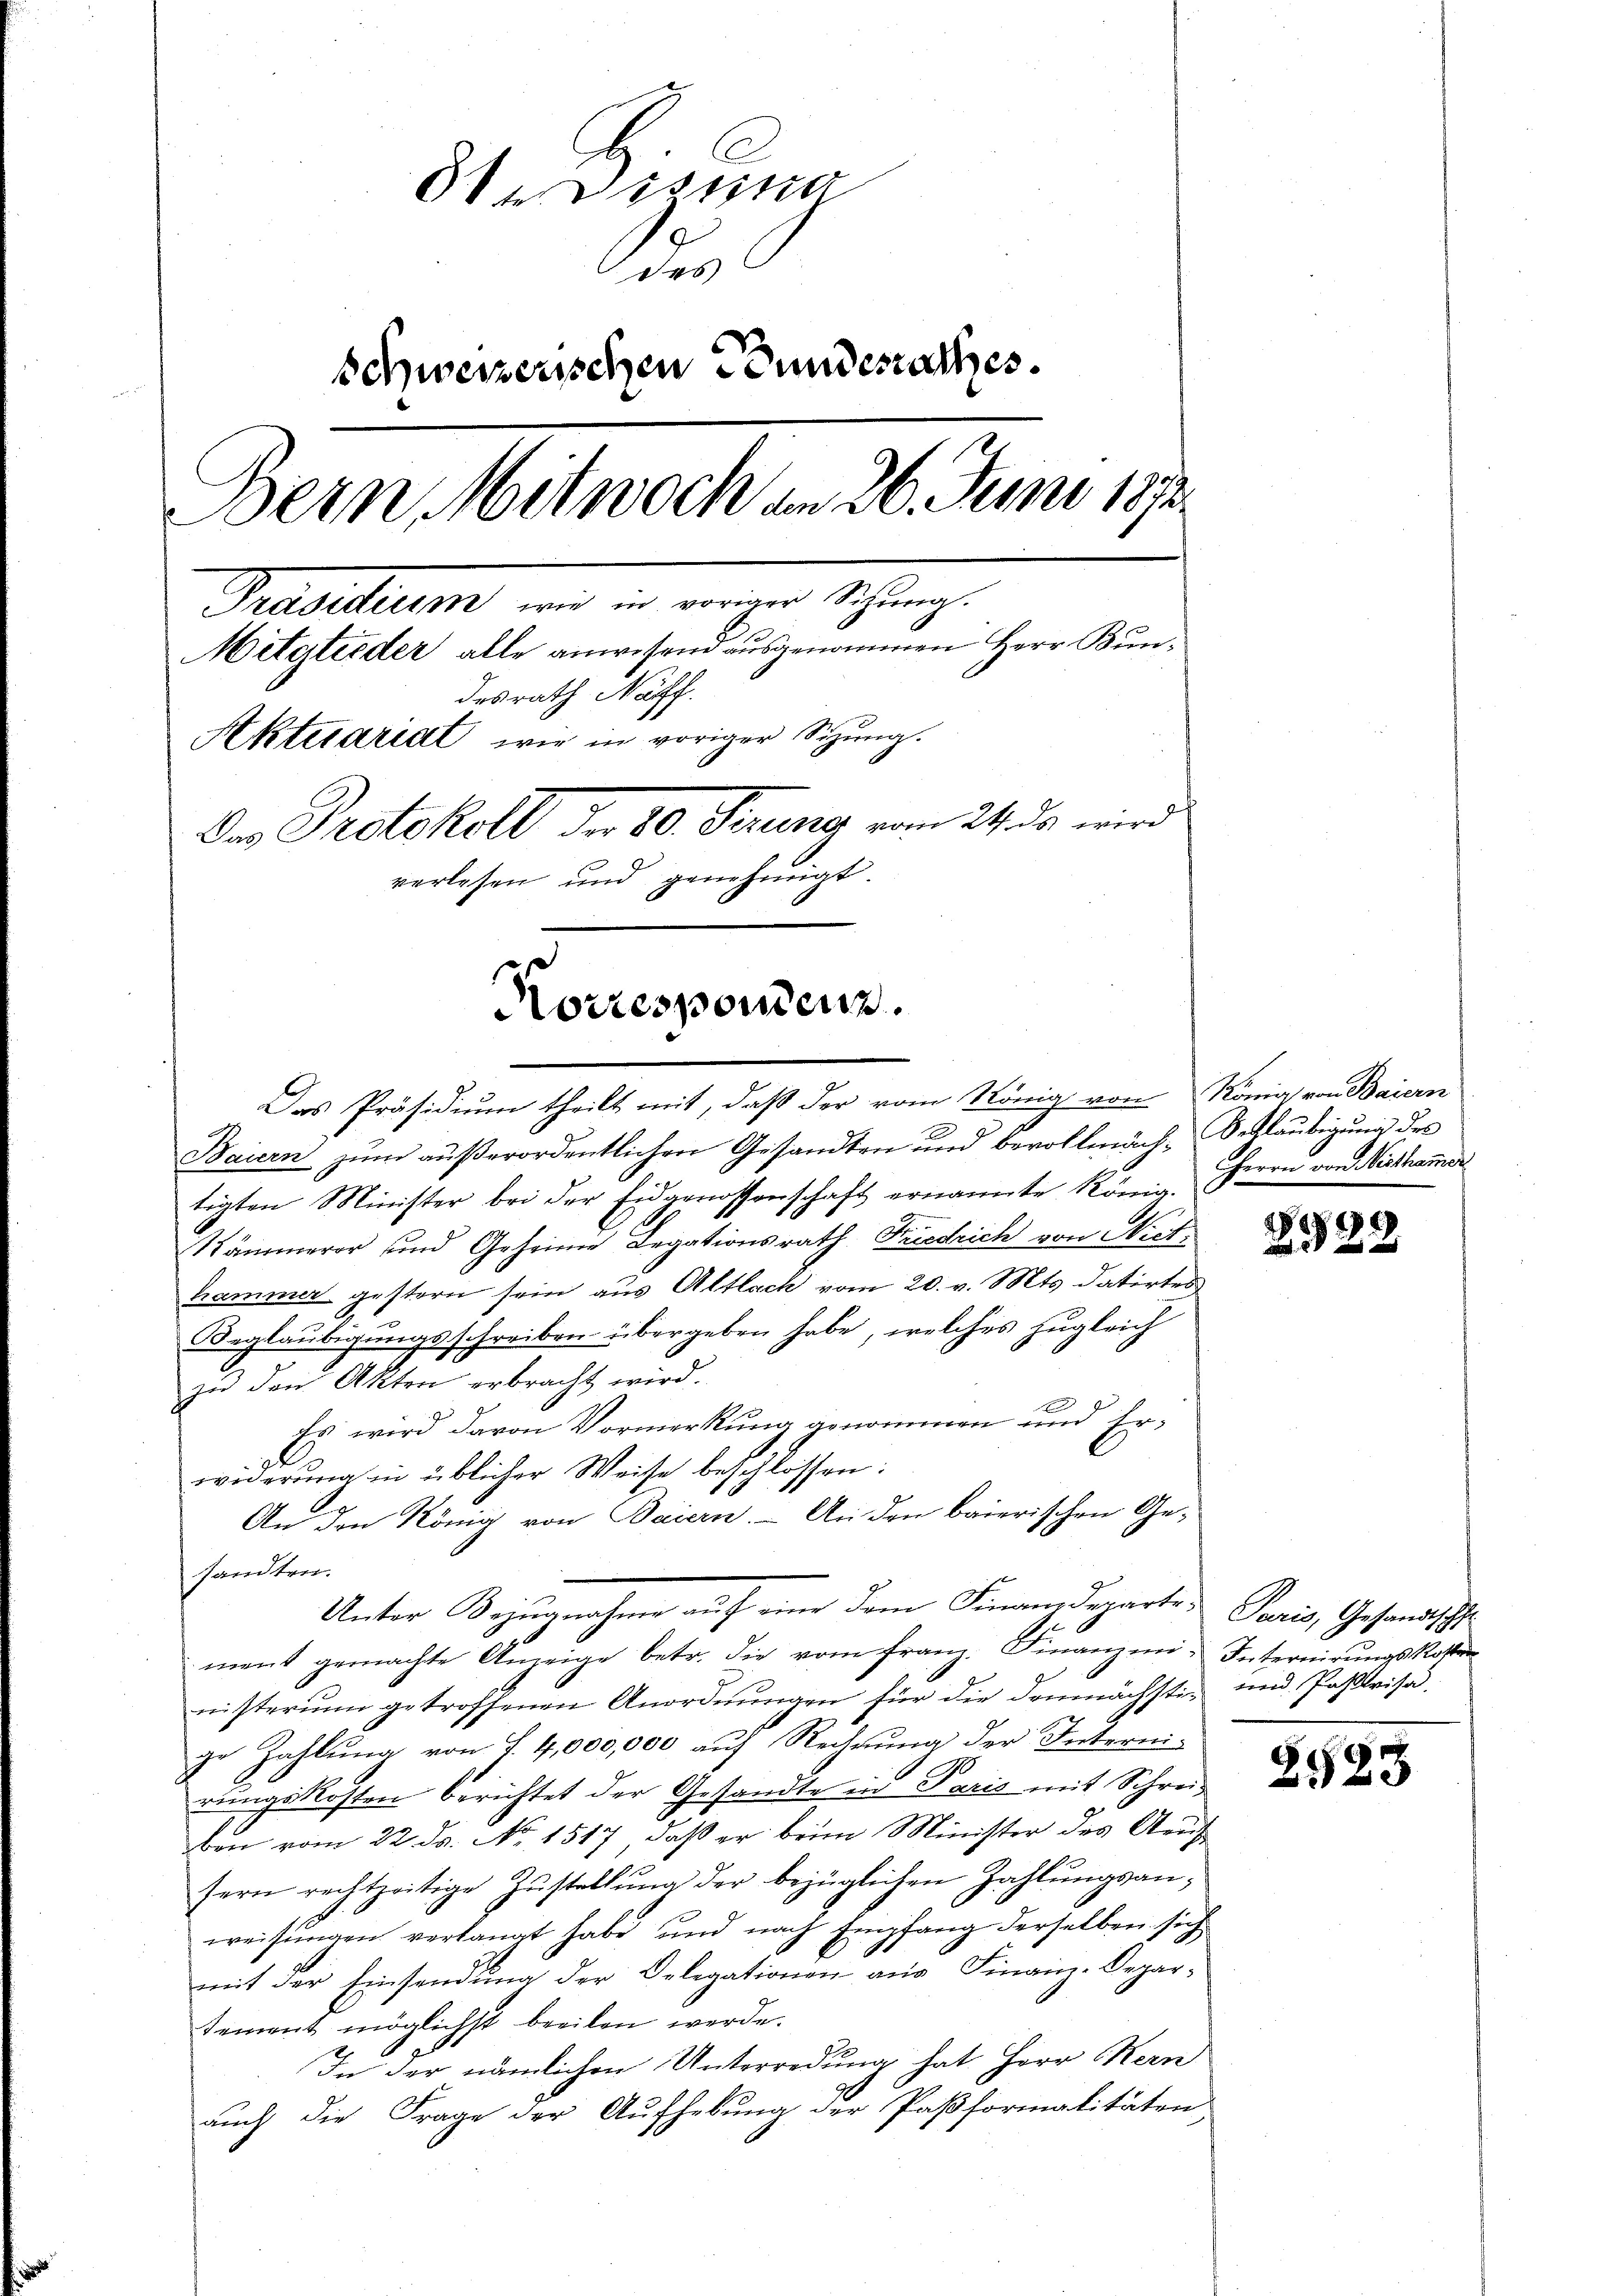
3te Disena
des
schweizerischen Bundesrathes.
Bern Mitwoch am 26. Juni 1872
Pedelung, und in einer Schrung
Mitglieder alle anwesend ausgenommen Herr Bundesrath Napf.
Aktuariat wir in voriger Sizung.
Das Protokoll der 80. Ferung vom 24. ds wird
verlesen und genehmigt.
Korrespondenz.

Baiern zum außerordentlichen Gesandten und bevollmäch-Schlaubigung des
tigten Minister bei der Eidgenossenschaft ernannte König.
Rämmerer und Geheime Legationsrath Friedrich von Miet
kammer gestern sein aus Altlach vom 20. v. Mts. datirtes
Beglaubigungsschreiben übergeben habe, welches zugleich
zu den Akten erbracht wird.
Es wird davon Vormerkung genommen und Er¬
.
widerung in üblicher Weise beschlossen:
An den König von Baiern. – An den baierischen Gesandten.
Unter Bezugnahme auf eine Dem Finanzdeparte Paris, Gesandtschl
ment gemachte Anzeige betr. die vom franz. Finanzmi-Internirŭngskosten
nisterum getroffenen Anordnungen für die demnächsti- und Pastorisa
ge Zahlŭng von T. 4,000,000 aŭf Rechnŭng der Interni-
rungskosten berichtet der Gesandte in Paris mit Schreiben vom 22. ds. No. 1517, daß er beim Minister des Arch
sern rechtzeitige Zustellŭng der bezüglichen Zahlungsanweisungen verlangt habe und nach Empfang derselben sich
mit der Einsendung der Delegationen aus Finanz-Departement möglichst beeilen werde.
In der nämlichen Unterredung hat Herr Kern
auch die Frage der Aufhebung der Paßformalitäten

Das Präsidium theilt mit, daß der vom König von König von Baiern

Herrn von Nesthamer

1849

2523